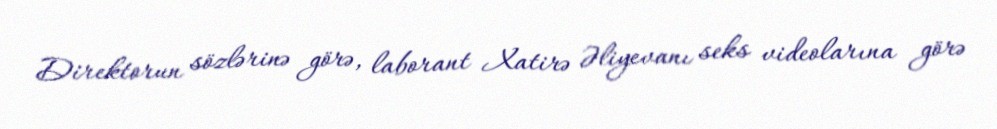
Direktorun sözlərinə görə, laborant Xatirə Əliyevanı seks videolarına görə